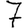
Digit: 7